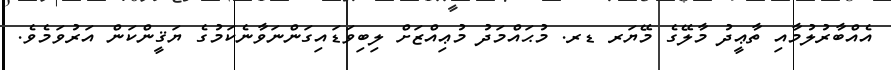
އެއްބާރުލުމާއި ތާޢީދު މާލޭގެ މޭޔަރ ޑރ. މުޙައްމަދު މުޢިއްޒަށް ލިބިވަޑައިގަންނަވާނެކަމުގެ ޔަޤީންކަން އަރުވަމެވެ.